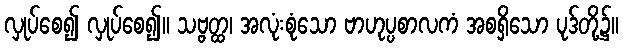
လှုပ်စေ၍ လှုပ်စေ၍။ သဗ္ဗတ္ထ၊ အလုံးစုံသော ဗာဟုပ္ပစာလကံ အစရှိသော ပုဒ်တို့၌။